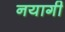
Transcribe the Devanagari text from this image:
नयागी